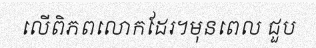
លើពិភពលោកដែរ។មុនពេល ជួប